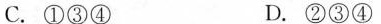
C.①③④ D.②③④